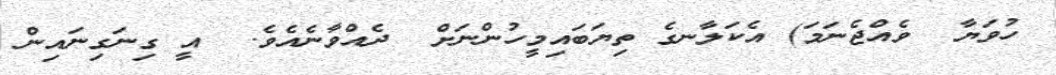
ހުވަޔާ  ވެއްޖެނަމަ) އެކަލާނގެ ތިޔަބައިމީހުންނަށް  ދެއްވާނެއެވެ.  އީ ގިނަގިނައިން